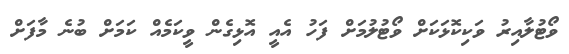
ވޯޓުލާއިރު ވަކިކޮޅަކަށް ވޯޓުލުމަށް ފަހު އެއީ އޮޅިގެން ވީކަމެއް ކަމަށް ބުނެ މާފަށް